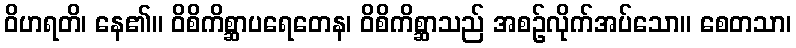
ဝိဟရတိ၊ နေ၏။ ဝိစိကိစ္ဆာပရေတေန၊ ဝိစိကိစ္ဆာသည် အစဉ်လိုက်အပ်သော။ စေတသာ၊